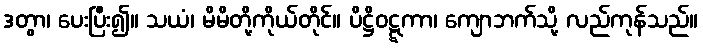
ဒတွာ၊ ပေးပြီး၍။ သယံ၊ မိမိတို့ကိုယ်တိုင်။ ပိဋ္ဌိဝဋ္ဋကာ၊ ကျောဘက်သို့ လည်ကုန်သည်။